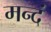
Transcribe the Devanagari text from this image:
मन्दं